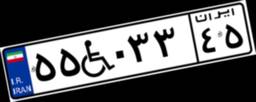
۲۲W۶۶۱۳۸